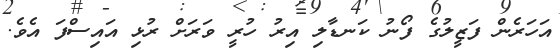
އަހަރެން ފަޒީލުގެ ފޯނު ކަނޑާލި އިރު ހުރީ ވަރަށް ރުޅި އައިސްފަ އެވެ.